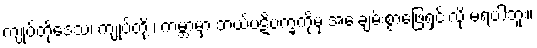
ကျုပ်တို့ဒေသ၊ ကျုပ်တို့ ၊ ကမ္ဘာမှာ ဘယ်ပဋိပက္ခကိုမှ အေးချမ်းစွာဖြေရှင်းလို့ မရပါဘူး။